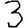
Digit: 3